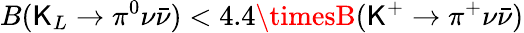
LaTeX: B(\mathsf{K}_{L}\to\pi^{0}\nu\bar{{\nu}})<4.4\timesB(\mathsf{K}^{+}\to\pi^{+}\nu\bar{{\nu}})